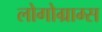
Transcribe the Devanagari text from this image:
लोगोग्राम्स